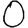
Digit: 0